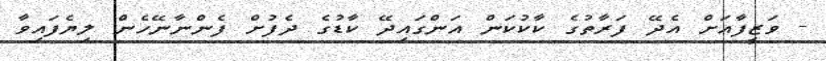
- ވަޒީފާއަށް އެދޭ ފަރާތުގެ ކާކުކަން އަންގައިދޭ ކާޑުގެ ދެފުށް ފެންނާނޭހެން ލިޔެފައިވާ